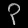
Digit: ၃